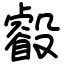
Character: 㲊